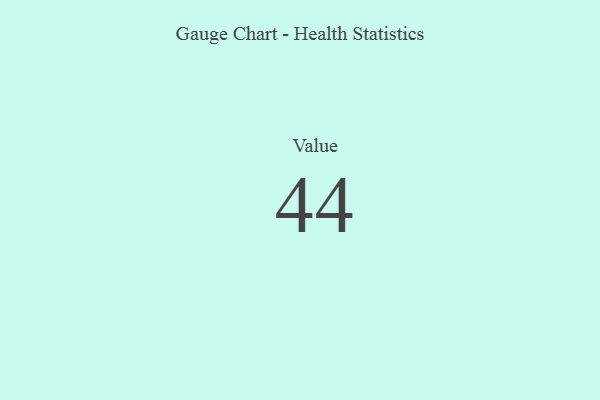
{"axis": {"x": "Metric", "y": "Value"}, "legend": [""], "data": [{"x": "Value", "y": 44, "type": ""}]}